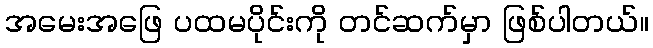
အမေးအဖြေ ပထမပိုင်းကို တင်ဆက်မှာ ဖြစ်ပါတယ်။